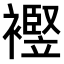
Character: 𧞀